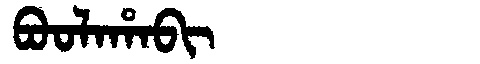
Manchu: ᠪᠣᠣᠯᠠᡥᠠᠪᡳ
Romanization: BOOLAHABI